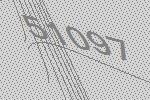
51097